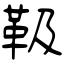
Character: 靸